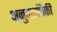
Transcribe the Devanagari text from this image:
अनुवादांपैकी